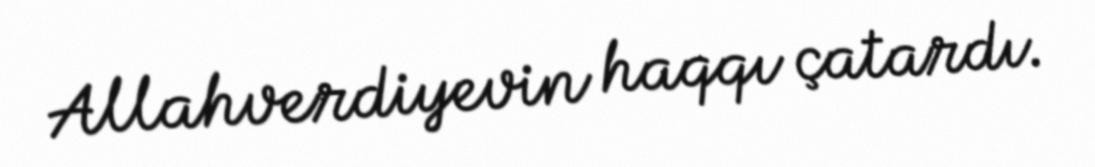
Allahverdiyevin haqqı çatardı.